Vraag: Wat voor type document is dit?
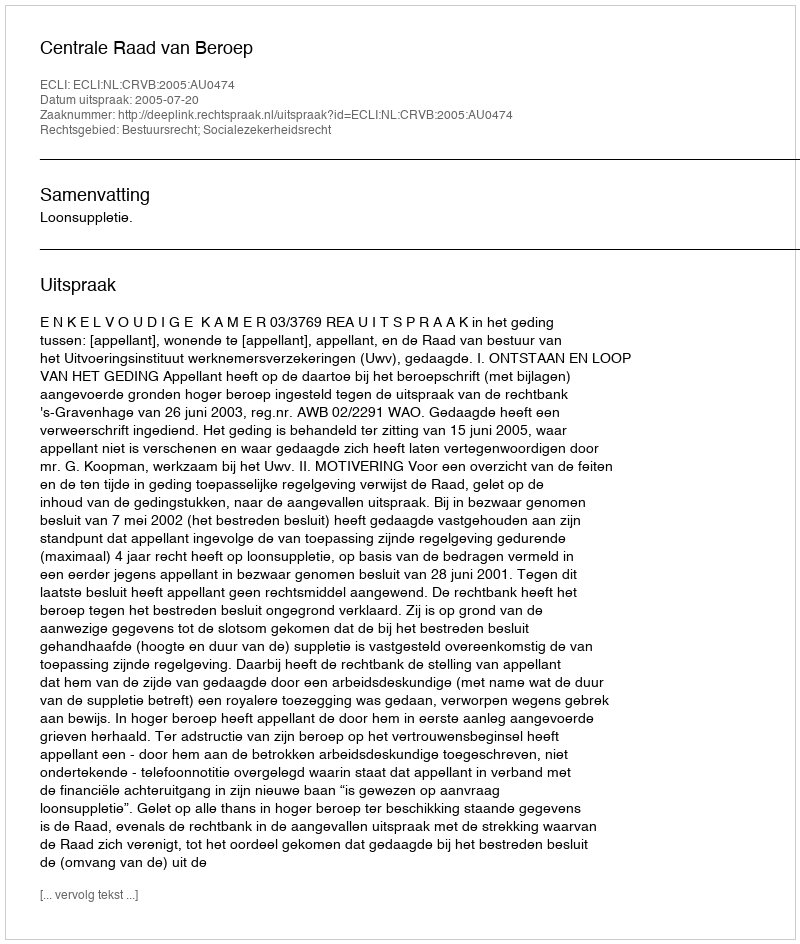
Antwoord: Uitspraak